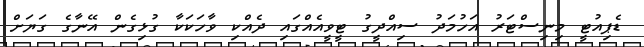
ޑެޕިއުޓީ މިނިސްޓަރު އަހުމަދު ސިއްދީގު ޓީވީއެއްގައި ދެއްކި ވާހަކަކާ ގުޅިގެން އޭނާގެ ގަޔަށް